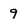
Character: 9